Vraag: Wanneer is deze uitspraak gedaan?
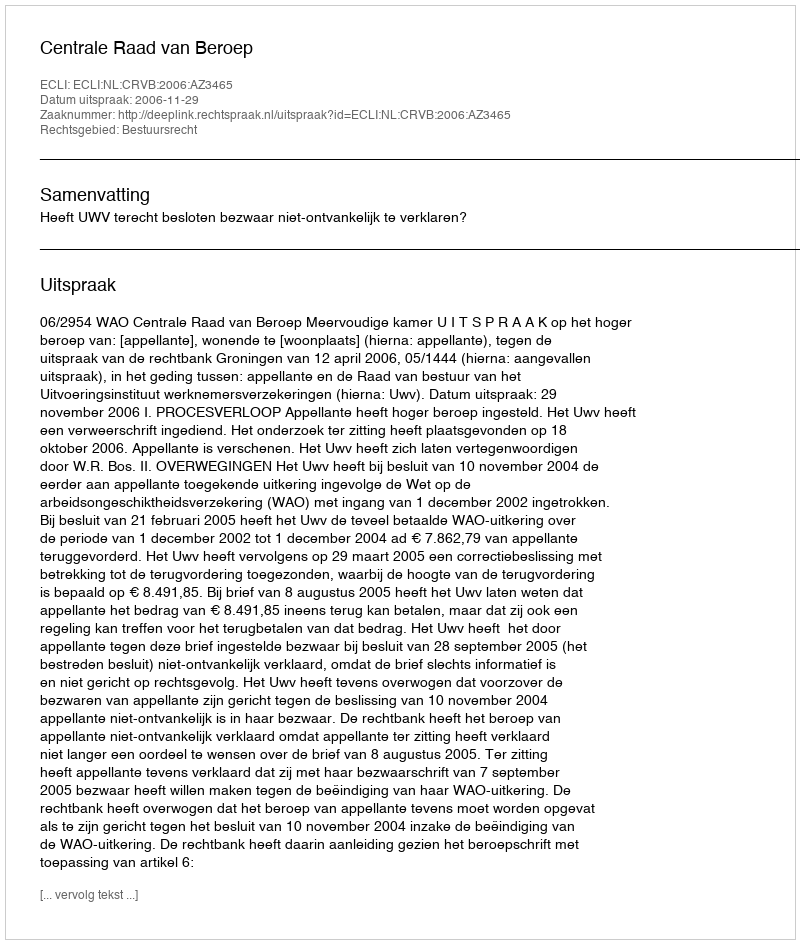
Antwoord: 2006-11-29